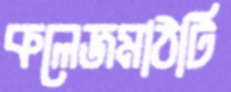
কলেজমাঠটি